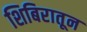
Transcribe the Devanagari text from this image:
शिबिरातून